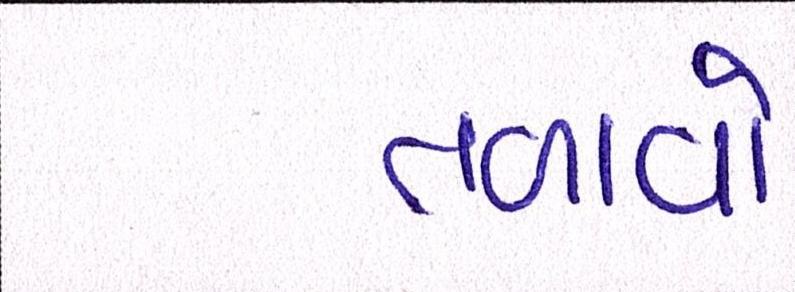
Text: તળાવો